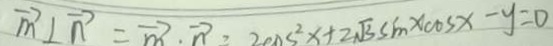
\overrightarrow { m } \bot \overrightarrow { n } = \overrightarrow { m } \cdot \overrightarrow { n } = 2 \cos ^ { 2 } x + 2 \sqrt { 3 } \sin x \cos - y = 0